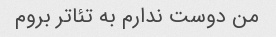
من دوست ندارم به تئاتر بروم